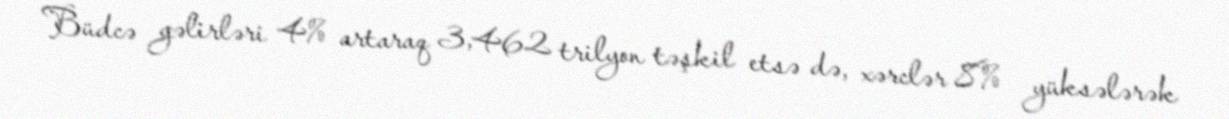
Büdcə gəlirləri 4% artaraq 3,462 trilyon təşkil etsə də, xərclər 8% yüksələrək